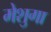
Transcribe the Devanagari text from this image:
मेशुगा